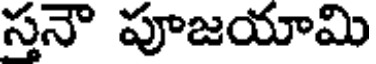
స్తనౌ పూజయామి